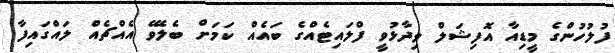
ފުލުހުންގެ މީޑިއާ އޮފިޝަލް ވިދާޅުވީ ފްލައިޓެއްގެ ބައެއް ކަމަށް ބެލެވޭ އެއްޗެއް ލައްގައިފާ